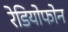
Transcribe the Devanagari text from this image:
रेडियोफोन